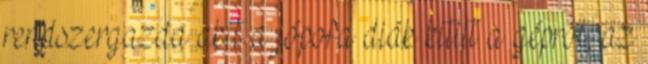
rendszergazda akit a jópofa diák kitilt a gépről, az